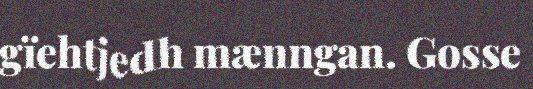
gïehtjedh mænngan. Gosse